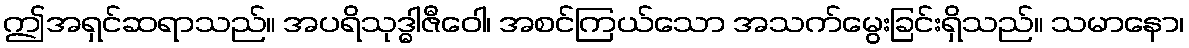
ဤအရှင်ဆရာသည်။ အပရိသုဒ္ဓါဇီဝေါ၊ အစင်ကြယ်သော အသက်မွေးခြင်းရှိသည်။ သမာနော၊